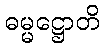
ဓမ္မဋ္ဌောတိ